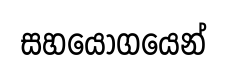
සහයෝගයෙන්